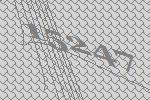
15247